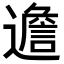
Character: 𨗧